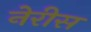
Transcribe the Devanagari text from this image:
नेरीस